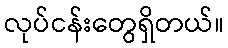
လုပ်ငန်းတွေရှိတယ်။